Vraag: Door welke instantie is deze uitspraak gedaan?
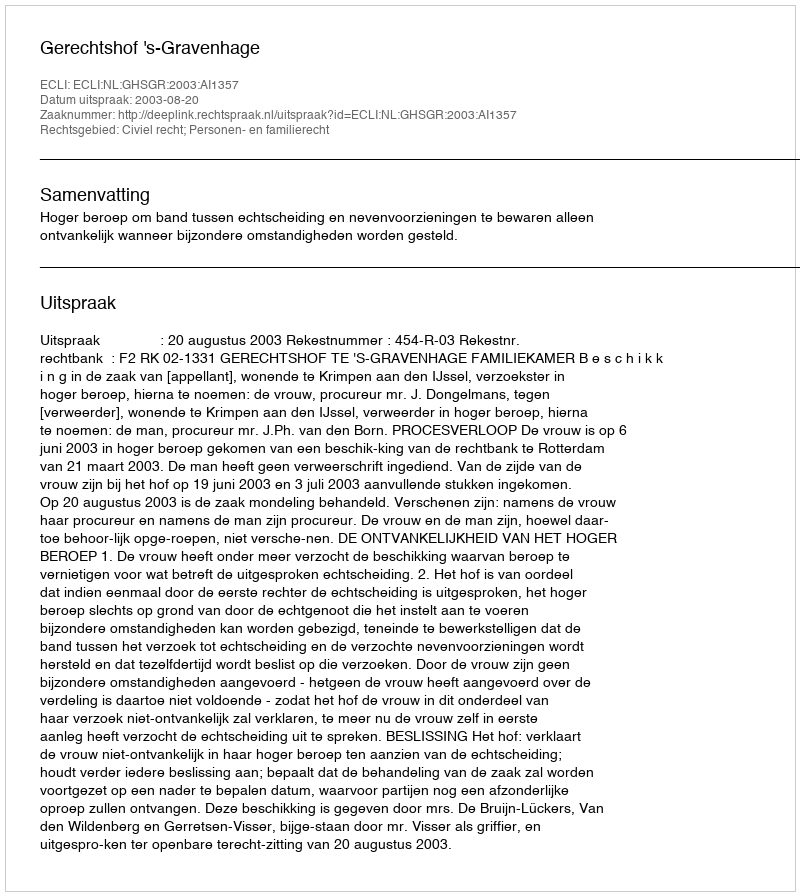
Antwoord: Gerechtshof 's-Gravenhage